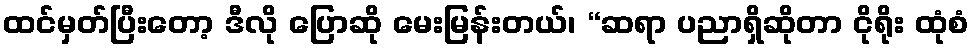
ထင်မှတ်ပြီးတော့ ဒီလို ပြောဆို မေးမြန်းတယ်၊ “ဆရာ ပညာရှိဆိုတာ ငိုရိုး ထုံစံ